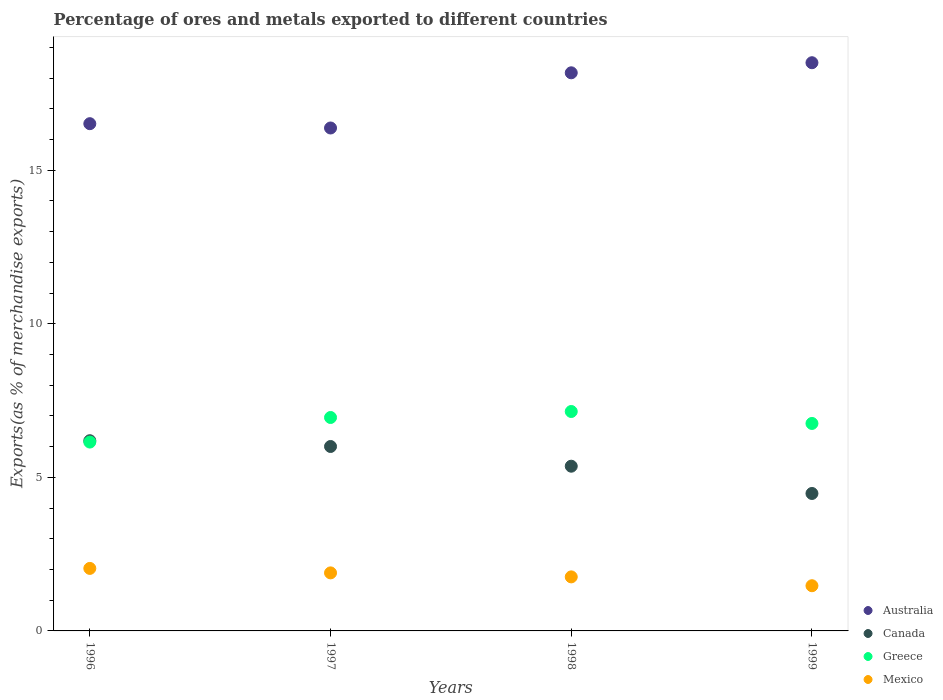
| Years | Australia | Canada | Greece | Mexico |
 | --- | --- | --- | --- | --- |
 | 1996 | 16.5 | 6.19 | 6.15 | 2.04 |
 | 1997 | 16.4 | 6.01 | 6.95 | 1.89 |
 | 1998 | 18.2 | 5.36 | 7.14 | 1.76 |
 | 1999 | 18.5 | 4.48 | 6.76 | 1.47 |